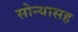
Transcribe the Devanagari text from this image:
सोन्यासह